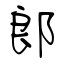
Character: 郎